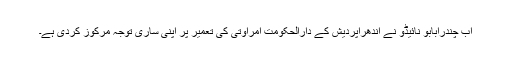
اب چندرابابو نائیڈو نے آندھراپردیش کے دارالحکومت امراوتی کی تعمیر پر اپنی ساری توجہ مرکوز کردی ہے۔